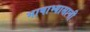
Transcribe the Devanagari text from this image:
भाषाभ्यासाची